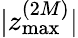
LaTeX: |z_{\operatorname*{max}}^{(2M)}|